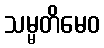
သမ္မတိမေဝ